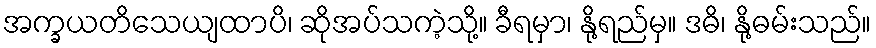
အက္ခယတိသေယျထာပိ၊ ဆိုအပ်သကဲ့သို့။ ခီရမှာ၊ နို့ရည်မှ။ ဒဓိ၊ နို့ဓမ်းသည်။